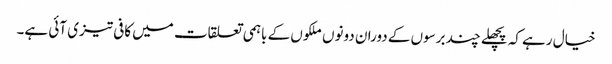
خیال رہے کہ پچھلے چند برسوں کے دوران دونوں ملکوں کے باہمی تعلقات میں کافی تیزی آئی ہے۔